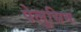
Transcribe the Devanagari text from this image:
पेलुसिम